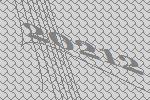
20212